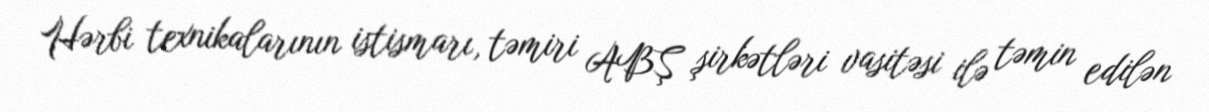
Hərbi texnikalarının istismarı, təmiri ABŞ şirkətləri vasitəsi ilə təmin edilən